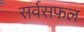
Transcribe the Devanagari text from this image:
सर्वसफल